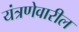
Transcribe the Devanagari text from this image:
यंत्रणेवारील